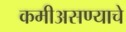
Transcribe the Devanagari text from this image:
कमीअसण्याचे